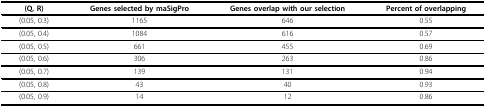
<table><thead><tr><td><b>(Q, R)</b></td><td><b>Genes selected by maSigPro</b></td><td><b>Genes overlap with our selection</b></td><td><b>Percent of overlapping</b></td></tr></thead><tbody><tr><td>(0.05, 0.3)</td><td>1165</td><td>646</td><td>0.55</td></tr><tr><td>(0.05, 0.4)</td><td>1084</td><td>616</td><td>0.57</td></tr><tr><td>(0.05, 0.5)</td><td>661</td><td>455</td><td>0.69</td></tr><tr><td>(0.05, 0.6)</td><td>306</td><td>263</td><td>0.86</td></tr><tr><td>(0.05, 0.7)</td><td>139</td><td>131</td><td>0.94</td></tr><tr><td>(0.05, 0.8)</td><td>43</td><td>40</td><td>0.93</td></tr><tr><td>(0.05, 0.9)</td><td>14</td><td>12</td><td>0.86</td></tr></tbody></table>